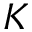
K